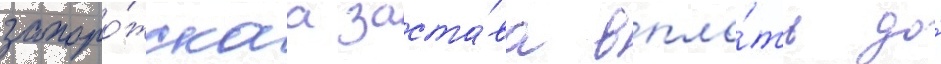
запоро́жскаа заста́ва впло́ть до́